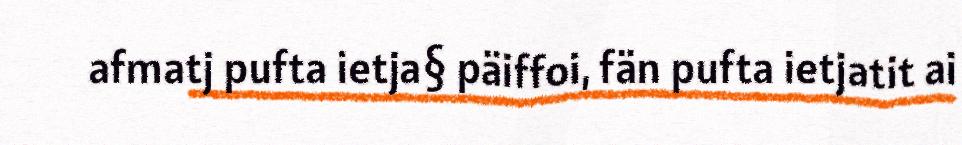
afmatj pufta ietja§ päiffoi, fän pufta ietjatit ai